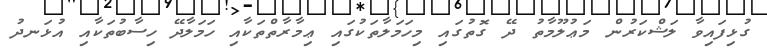
ގުޅިފައިވާ ލަޝްކަރުން މަޢުލޫމާތު ދޭ ގޮތުގައި މިހަމަލާތަކުގައި ޢިމާރާތްތަކާއި ހަމަލާދޭ ހިސާބުތަކާއި އުޅަނދު